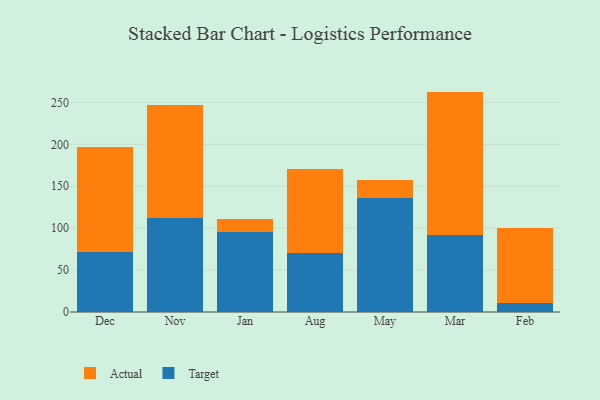
{"axis": {"x": "Month", "y": "Headcount"}, "legend": ["Actual", "Target"], "data": [{"x": "Dec", "y": 71.0, "type": "Target"}, {"x": "Dec", "y": 125.9, "type": "Actual"}, {"x": "Nov", "y": 112.2, "type": "Target"}, {"x": "Nov", "y": 135.1, "type": "Actual"}, {"x": "Jan", "y": 95.6, "type": "Target"}, {"x": "Jan", "y": 15.1, "type": "Actual"}, {"x": "Aug", "y": 70.0, "type": "Target"}, {"x": "Aug", "y": 100.6, "type": "Actual"}, {"x": "May", "y": 136.4, "type": "Target"}, {"x": "May", "y": 20.7, "type": "Actual"}, {"x": "Mar", "y": 91.9, "type": "Target"}, {"x": "Mar", "y": 171.0, "type": "Actual"}, {"x": "Feb", "y": 11.3, "type": "Target"}, {"x": "Feb", "y": 89.2, "type": "Actual"}]}